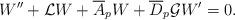
LaTeX: \begin{align*}W''+\mathcal L W + \overline A_pW + \overline D_p\mathcal GW' = 0.\end{align*}